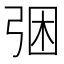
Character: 𭚲